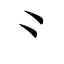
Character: ⺀